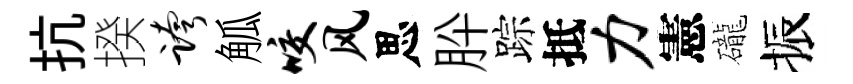
抗揆跨觚咬风思肸踪抵力憲礲振